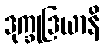
ဒုက္ခုဒြယာနိ